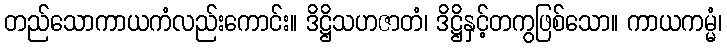
တည်သောကာယကံလည်းကောင်း။ ဒိဋ္ဌိသဟဇာတံ၊ ဒိဋ္ဌိနှင့်တကွဖြစ်သော။ ကာယကမ္မံ၊